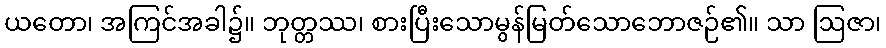
ယတော၊ အကြင်အခါ၌။ ဘုတ္တဿ၊ စားပြီးသောမွန်မြတ်သောဘောဇဉ်၏။ သာ ဩဇာ၊